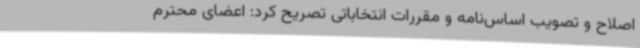
اصلاح و تصویب اساس‌نامه و مقررات انتخاباتی تصریح کرد: اعضای محترم